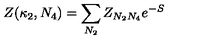
Z ( \kappa _ { 2 } , N _ { 4 } ) = \sum _ { N _ { 2 } } Z _ { N _ { 2 } N _ { 4 } } e ^ { - S }